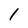
Character: 1